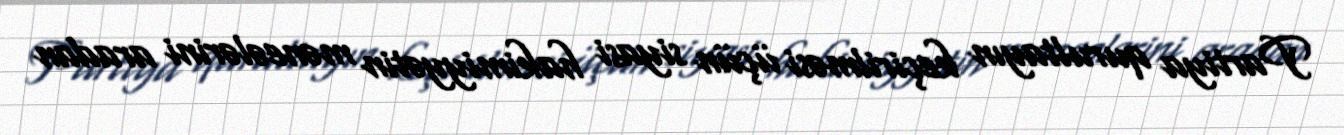
Partiya qurultayın keçirilməsi üçün siyasi hakimiyyətin məneələrini aradan